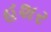
હશર